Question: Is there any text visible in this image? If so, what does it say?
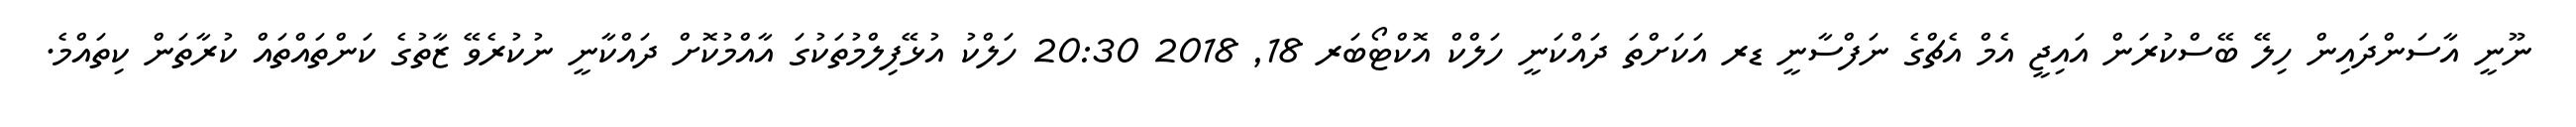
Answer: ނޫނީ އާސަންދައިން ހިލޭ ބޭސްކުރަން އައިޖީ އެމް އެޗްގެ ނަފްސާނީ ޑރ އަކަށްތަ ދައްކަނީ ހަލްކް އޮކްޓޯބަރ 18, 2018 20:30 ހަލްކު އުޅޭފިލްމުތަކުގަ އާއްމުކޮށް ދައްކާނީ ނުކުރެވޭ ޒާތުގެ ކަންތައްތައް ކުރާތަން ކިތައްމެ.